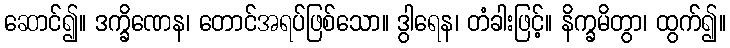
ဆောင်၍။ ဒက္ခိဏေန၊ တောင်အရပ်ဖြစ်သော။ ဒွါရေန၊ တံခါးဖြင့်။ နိက္ခမိတွာ၊ ထွက်၍။